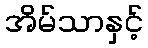
အိမ်သာနှင့်